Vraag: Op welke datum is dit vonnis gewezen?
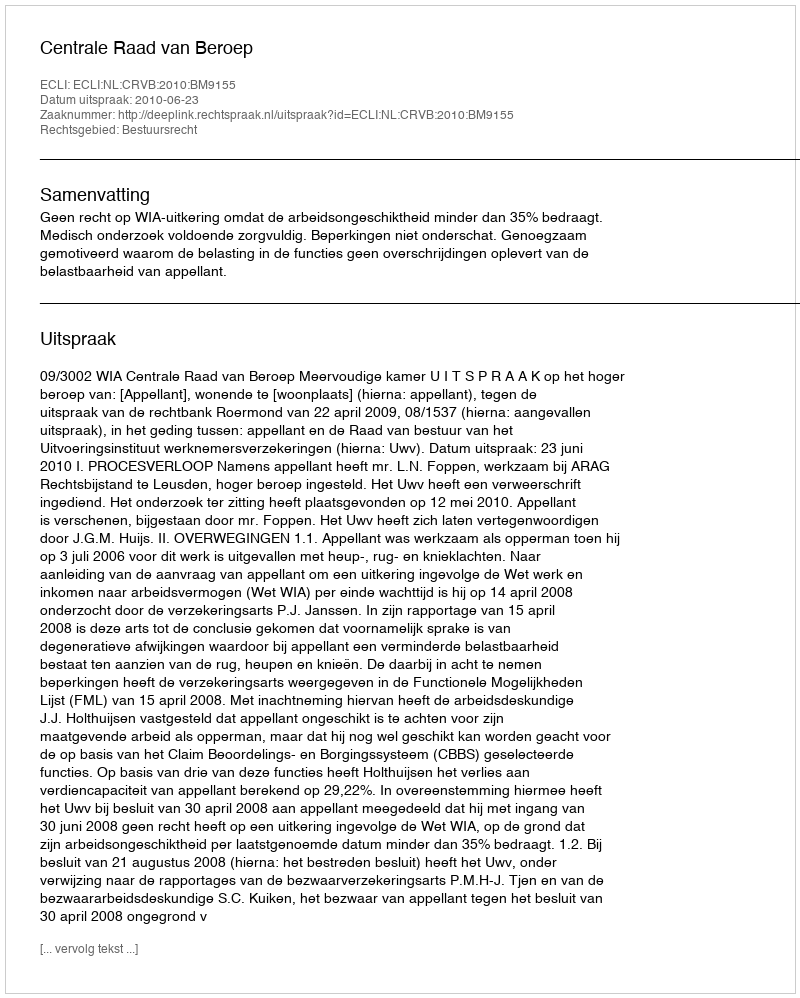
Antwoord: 2010-06-23